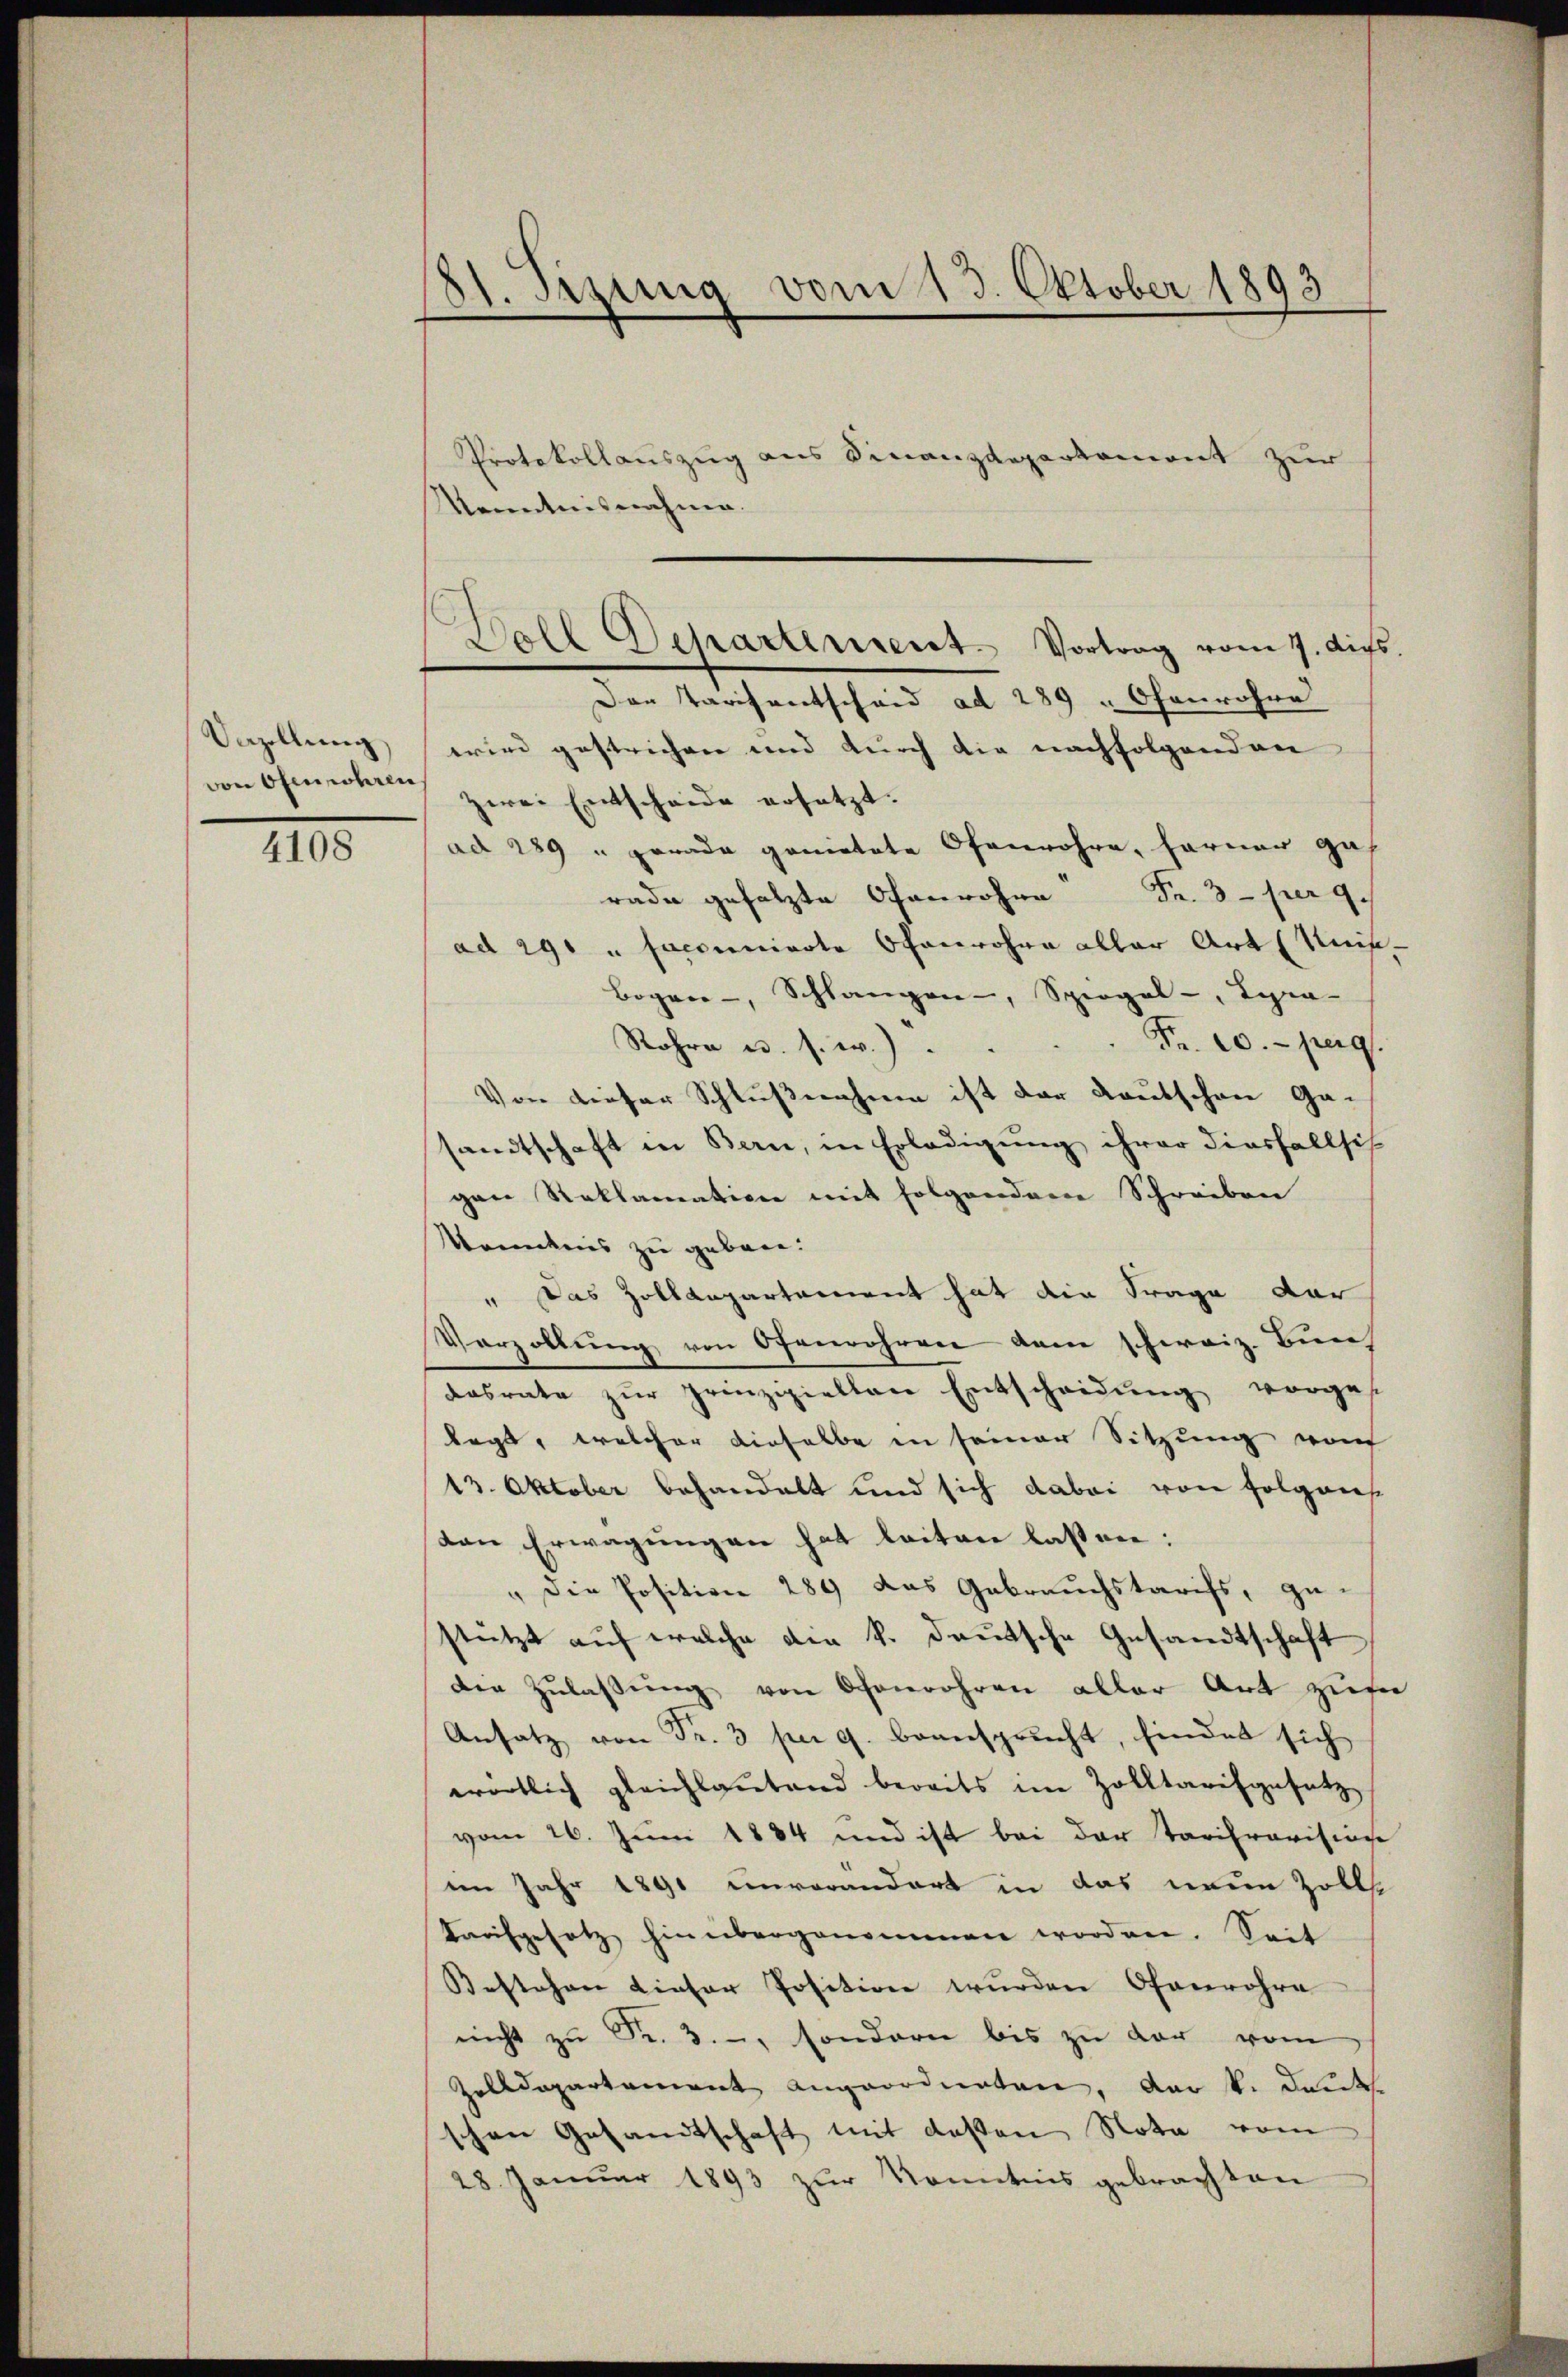
Vazellŭng
von Ofenrohren
4108

81. Sisung vom 13. Oktober 1893
.

Doll Departement. Vortrag vom 7. ds.

Protokollauszug aus Finanzdepartement zur
Kenntnisnahmen.
Der Tarifentscheid ad 289 " Ofenrohre
erin gestrichen und durch die nachfolgenden
zwei Entscheide ersetzt.
ad 289 u gerade gemietete Ofenrohre, ferner ga
rade gefolgte Ofenrohre Fr. 3. per 9.
ad 290 u faccunierte Schanwohne aller Art (Kreis¬
Bogen-, Schlangen, Spiegel-, Lyra-
Fr. 10. pag.
Rohre u. s. w.)
Von dieser Schlußnahme ist der Kautschen Ga-
sandtschaft in Bern, in Erledigung ihrer diesfallsch
gen Reklamation mit folgendem Schreiben
Krenntnis zu geborn.
" Das Zolldepartement hat die Frage dar
Varzollŭng von Ofenrohren dem schweiz. Bun
dasrate zur prinzipielten Entscheidung vorgese
legt, welcher dieselbe in seiner Sitzung woh
13. Oktober behandelt und sich dabei von folgens-
den Erwägungen hat leiten lassen:
" die Position 289 das Gebrauchstarifs, zu-
stützt auf welche die k. deutsche Gesandtschaft
der Zŭlassŭng von Ofenrohren aller Art zusa
Ansatz von Fr. 3 per 9. beansprucht, findet sich
wörtlich gleichlautend bereits im Zolltarifgesetz
vom 26. Juni 1884 und ist bei der Tarifravision
im Jahr 1890 unvorandert in das neue Zolls
Tarifgesetz hinübergenommen worden. Seit
Bestehen dieser Position wurden Ofenrohre
nicht zu Fr. 3. -, sondern bis zu der vom
Zolldepartement angeordneten, der k. Deut
schen Gesandtschaft mit deßen Nota vom
28. Januar 1893 zur Kenntnis gebrachten